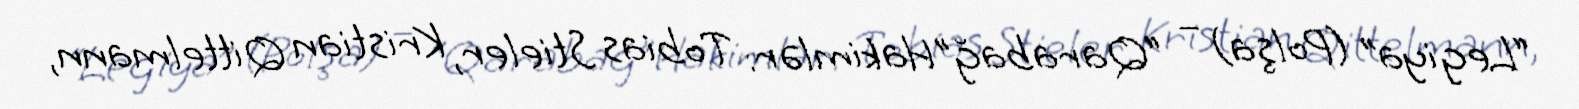
“Legiya” (Polşa) – “Qarabağ”Hakimlər: Tobias Stieler, Kristian Qittelmann,